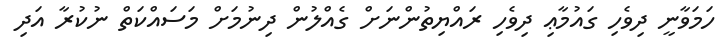
ހަމަވާނީ ދިވެހި ގައުމާޢި ދިވެހި ރައްޔިތުންނަށް ގެއްލުން ދިނުމަށް މަސައްކަތް ނުކުރާ އަދި